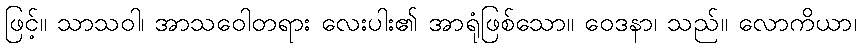
ဖြင့်။ သာသဝါ၊ အာသဝေါတရား လေးပါး၏ အာရုံဖြစ်သော။ ဝေဒနာ၊ သည်။ လောကိယာ၊